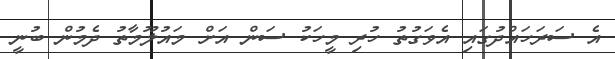
އެ ސަރަހައްދުގައި އެވަގުތު ހުރި މީހަކު ސަން އަށް މައުލޫމާތު ދެމުން ބުނީ